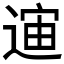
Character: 𲅣